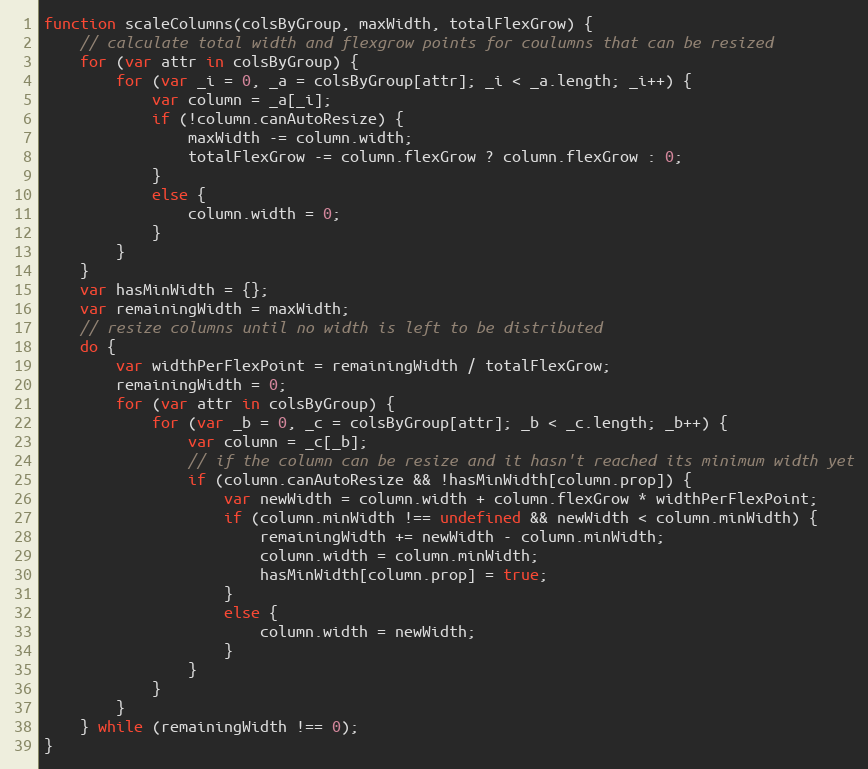
Language: JavaScript
function scaleColumns(colsByGroup, maxWidth, totalFlexGrow) {
    // calculate total width and flexgrow points for coulumns that can be resized
    for (var attr in colsByGroup) {
        for (var _i = 0, _a = colsByGroup[attr]; _i < _a.length; _i++) {
            var column = _a[_i];
            if (!column.canAutoResize) {
                maxWidth -= column.width;
                totalFlexGrow -= column.flexGrow ? column.flexGrow : 0;
            }
            else {
                column.width = 0;
            }
        }
    }
    var hasMinWidth = {};
    var remainingWidth = maxWidth;
    // resize columns until no width is left to be distributed
    do {
        var widthPerFlexPoint = remainingWidth / totalFlexGrow;
        remainingWidth = 0;
        for (var attr in colsByGroup) {
            for (var _b = 0, _c = colsByGroup[attr]; _b < _c.length; _b++) {
                var column = _c[_b];
                // if the column can be resize and it hasn't reached its minimum width yet
                if (column.canAutoResize && !hasMinWidth[column.prop]) {
                    var newWidth = column.width + column.flexGrow * widthPerFlexPoint;
                    if (column.minWidth !== undefined && newWidth < column.minWidth) {
                        remainingWidth += newWidth - column.minWidth;
                        column.width = column.minWidth;
                        hasMinWidth[column.prop] = true;
                    }
                    else {
                        column.width = newWidth;
                    }
                }
            }
        }
    } while (remainingWidth !== 0);
}